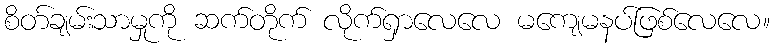
စိတ်ချမ်းသာမှုကို ဆက်တိုက် လိုက်ရှာလေလေ မကျေမနပ်ဖြစ်လေလေ။